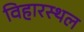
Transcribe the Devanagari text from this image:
विहारस्थल